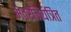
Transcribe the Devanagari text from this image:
अंतरनियंत्रित